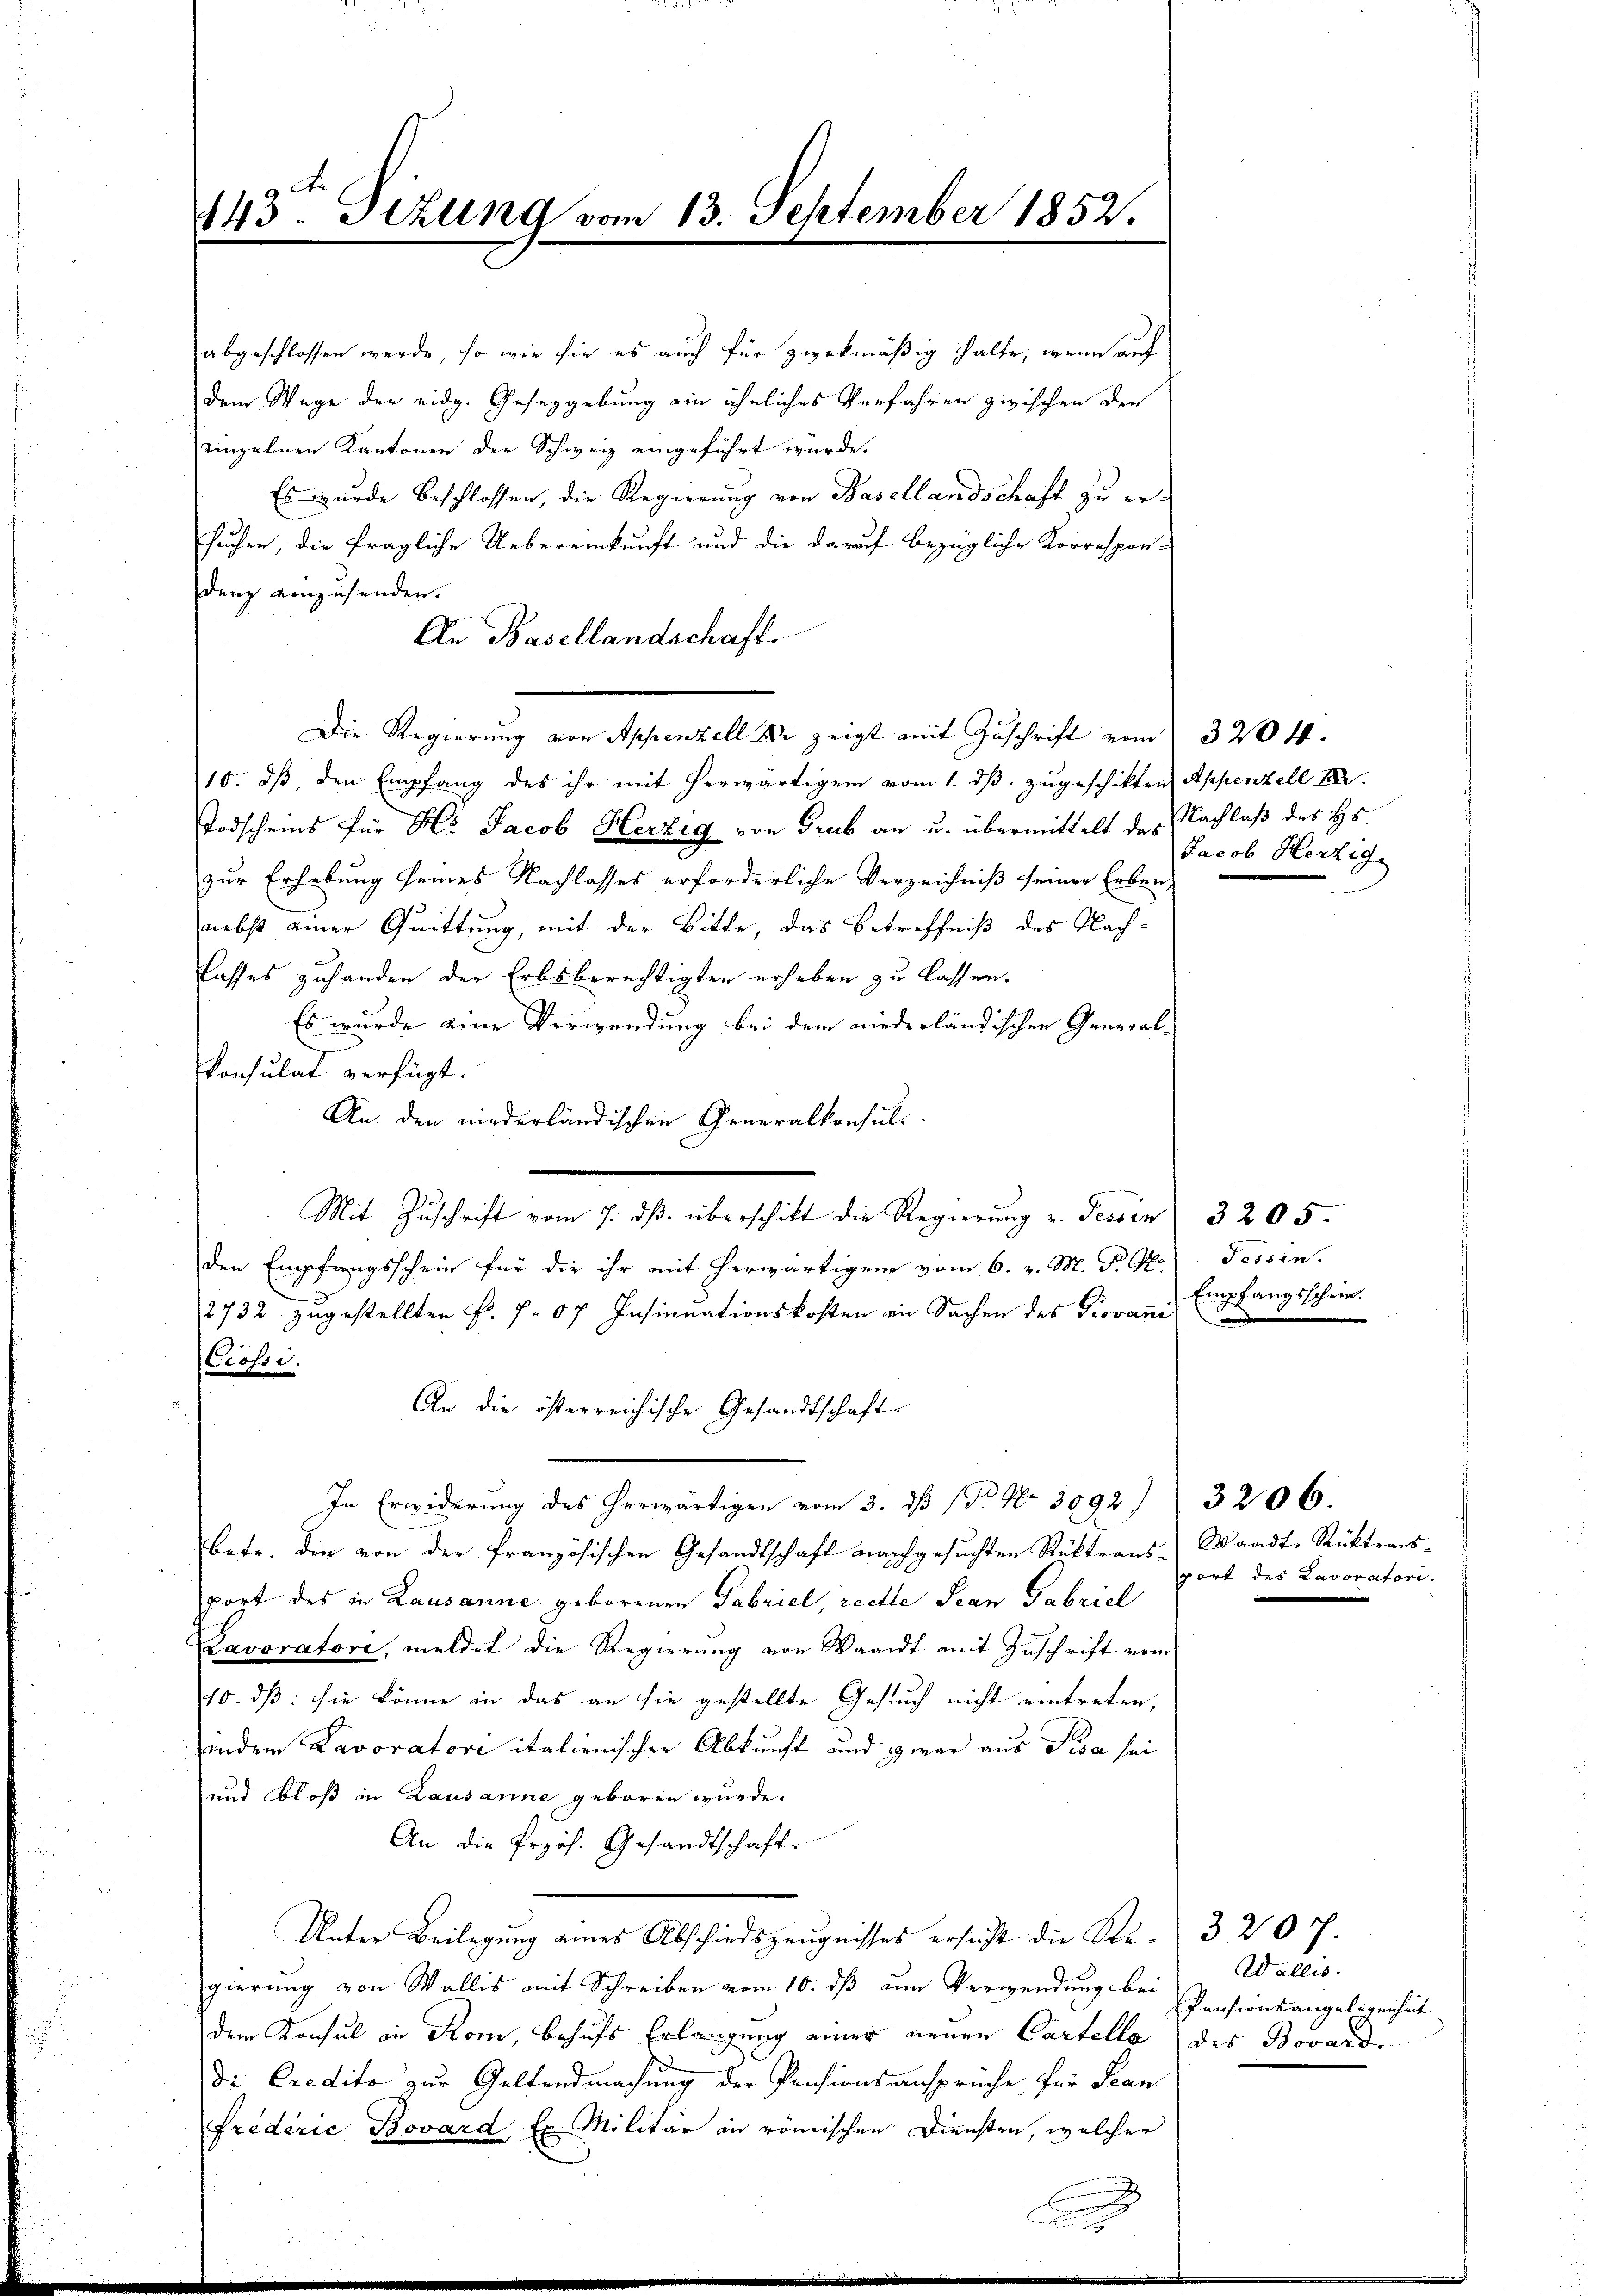
143. Dezung vom 13. September 1852.

c

abgeschlossen werde, so wie sie es auch für zwekmäßig halte, wenn auf
dem Wege der eidg. Gesetzgebung ein ähnliches Verfahren zwischen den
einzelnen Kantonen der Schweiz eingeführt würde.
Es wurde beschlossen, die Regierung von Basellandschaft zu ersuchen, die fragliche Uebereinkunft und die darauf bezügliche Korrespon-
dung einzusenden.
An Basellandschaft.
Die Regierung von Appenzell Di zeigt mit Zuschrift vom 3204.
10. ds, den Empfang des ihr mit herwärtigem vom 1. dß. zugeschikten Appenzell I.
Todscheins für Hr Jacob Herzig von Grub an u. übermittelt des Nachlaß des Hs.
zur Erhebung seines Nachlasses erforderliche Verzeichniß seiner Erben,
nebst einer Quittung, mit der Bitte, das Betreffniß des Nachlasses zuhanden der Erbsberechtigten erheben zu lassen.
Es wurde eine Verwendung bei dem niederländischen General-
konsulat verfügt:
An den niederländischen Generalkonsul-
Mit Zuschrift vom 7. ds. überschikt die Regierung v. Tessin 3205.
den Empfangsschein für die ihr mit herwärtigene vom 6. v. M. P. G. Tessin.
)
2732 zugestellten Fr. 7 07 Insinuationskosten in Sachen des Giovan Empfangsschein.
Ciossi.
An die österreichische Gesandtschaften
In Erwiderung des herwärtigen vom 3. ds (T. No. 3092. 3206.
betr. die von der französischen Gesandtschaft nachgesŭchten Rüktrans-Waadte Rüktrans-
port des in Lausanne geborenen Gabriel, rechte Jean Gabriel
Lavoratore, meldet die Regierung von Waadt mit Zuschrift vom
10. dß: sie könne in das an sie gestellte Gesuch nicht eintreten,
indem Lavoratori italienischer Abkunft und zwar aus Pisa sei
und bloß in Lausanne geboren wurde.
An die frzös. Gesandtschaft.
Unter Beilegung eines Abschiedszeugnisses ersucht die Str. 3 207.
gierung von Wallis mit Schreiben vom 10. dß um Verwendung bei
dem Konsul in Rom, behufs Erlangung einer neuen Cartella des Bovard
Di Credito zur Geltendmachung der Pensionsansprüche für Jean
friderić Bovard Er Militär in römischen Diensten, welcher

Jacob Herzig.

Wallis.
Pensionsangelegenhut

sport des Lavoratori.